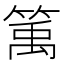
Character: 𥯔